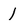
Character: 1